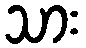
သား